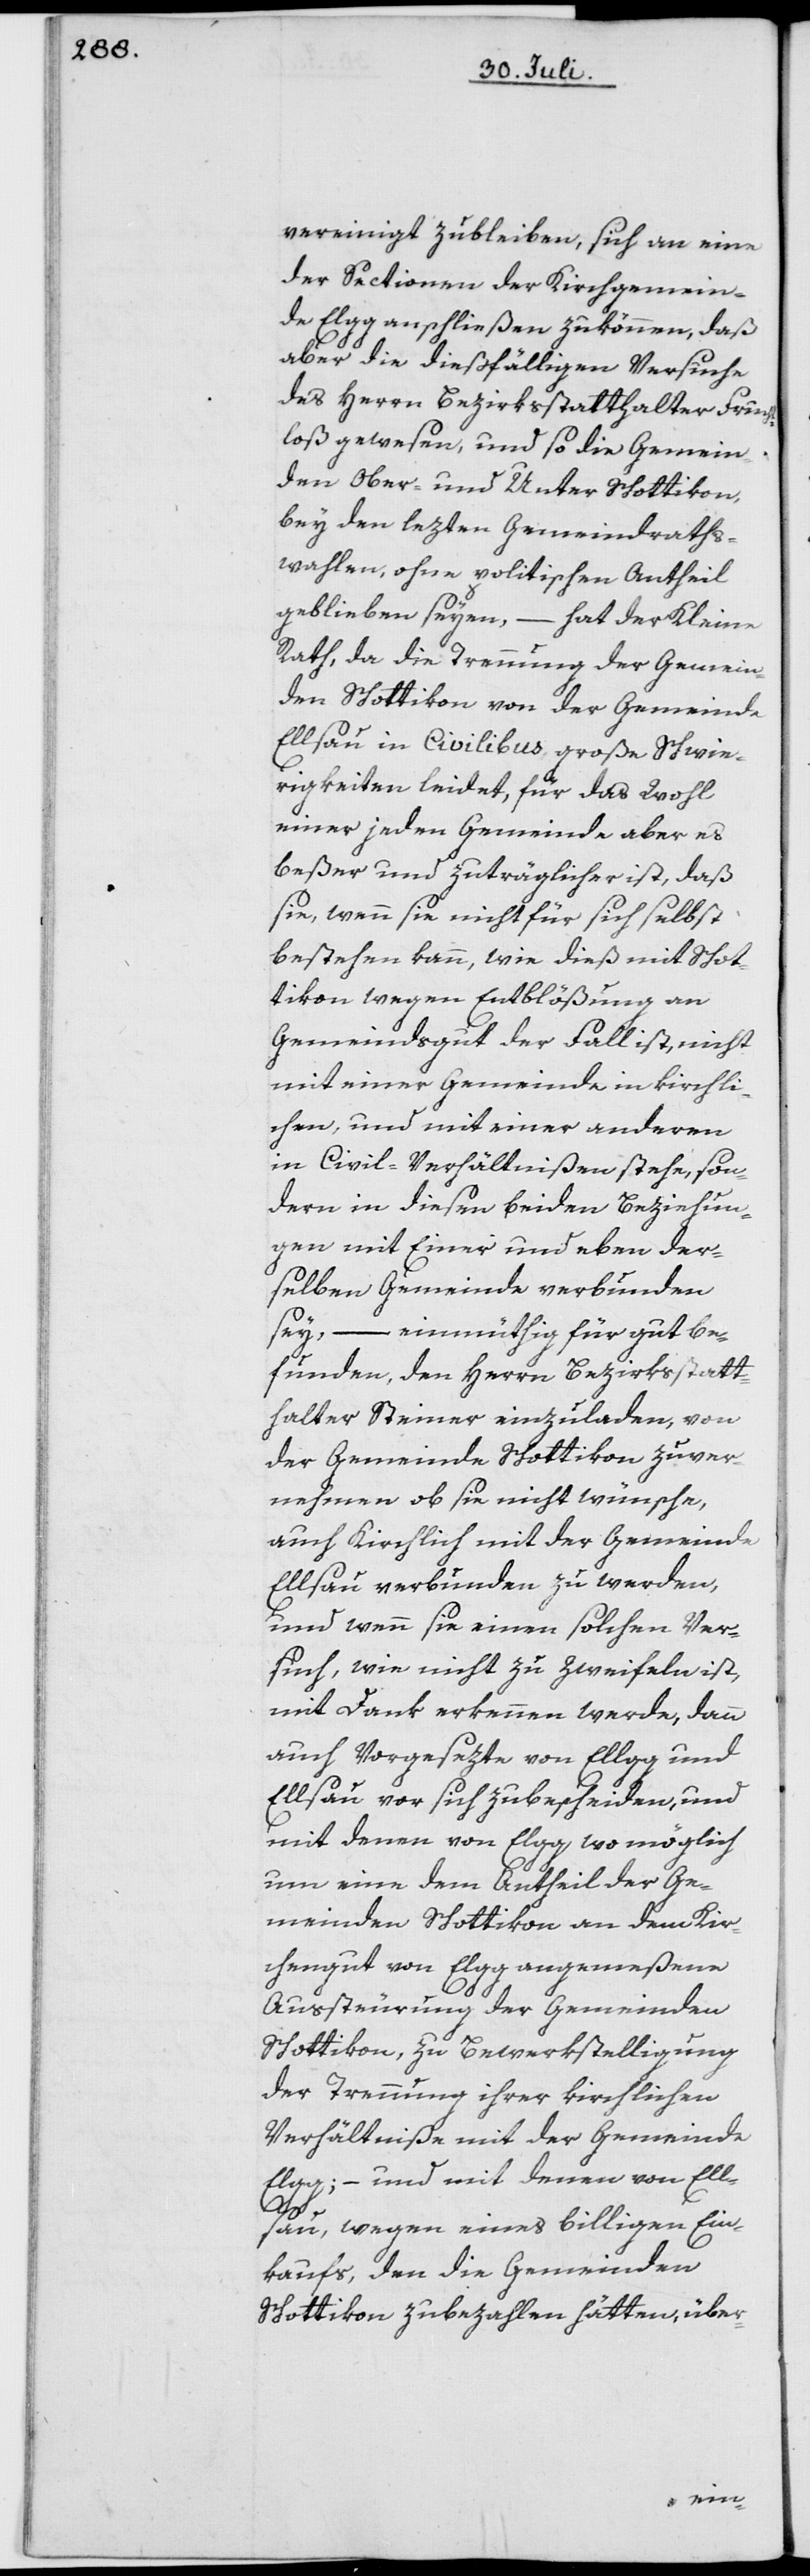
vereinigt zubleiben, sich an eine
der Sectionen der Kirchgemein¬
de Elgg anschließen zukönnen, daß
aber die dießfälligen Versuche
des Herrn Bezirksstatthalter Frucht¬
loß gewesen, und so die Gemein¬
den Ober- und Unter Schottikon
bey den lezten Gemeindraths¬
wahlen, ohne politischen Antheil
geblieben seyen, – hat der Kleine
Rath, da die Trennung der Gemein¬
den Schottikon von der Gemeinde
Ellsau in Civilibus große Schwie¬
rigkeiten leidet, für das Wohl
einer jeden Gemeinde aber es
beßer und zuträglicher ist, daß
sie, wenn sie nicht für sich selbst
bestehen kann, wie dieß mit Schot¬
tikon wegen Entblößung an
Gemeindsgut der Fall ist, nicht
mit einer Gemeinde in kirchli¬
chen, und mit einer anderen
in Civil-Verhältnißen stehe, son¬
dern in diesen beiden Beziehun¬
gen mit Einer und eben der¬
selben Gemeinde verbunden
sey, – einmüthig für gut be¬
funden, den Herrn Bezirksstatt¬
halter Steiner einzuladen, von
der Gemeinde Schottikon zuver¬
nehmen ob sie nicht wünsche,
auch Kirchlich mit der Gemeinde
Ellsau verbunden zu werden,
und wenn sie einen solchen Ver¬
such, wie nicht zu zweifeln ist,
mit Dank erkennen werde, dann
auch Vorgesezte von Ellgg
Ellsau vor sich zubescheiden, und
mit denen von Elgg wo möglich
um eine dem Antheil der Ge¬
meinden Schottikon an dem Ki¬
chengut von Elgg angemeßene
Aussteuerung der Gemeinden
Schottikon, zu Bewerkstelligung
der Trennung ihrer kirchlichen
Verhältniße mit der Gemeinde
Elgg; – und mit denen von Ell¬
sau, wegen eines billigen Ein¬
kaufs, den die Gemeinden
Schottikon zubezahlen hätten, über-